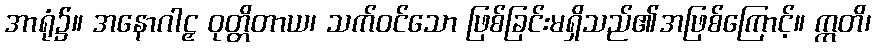
အာရုံ၌။ အနောဂါဠှ ဝုတ္တိတာယ၊ သက်ဝင်သော ဖြစ်ခြင်းမရှိသည်၏အဖြစ်ကြောင့်။ ဣတိ၊